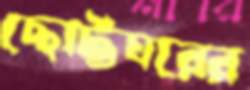
ছোট্টঘরের